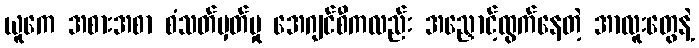
ယူကေ အစားအစာ စံသတ်မှတ်မှု အေဂျင်စီကလည်း အညှောင့်ထွက်နေတဲ့ အာလူးတွေနဲ့